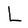
Character: L